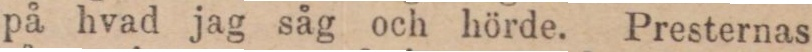
på hvad jag såg och hörde. Presternas